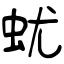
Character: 蚘